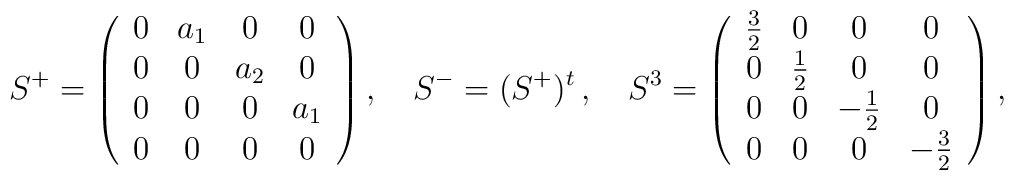
S^+ =  \left(    \begin{array}{cccc} 0 & a_1 & 0 & 0 \\ 0 & 0 & a_2 & 0 \\    0 & 0 & 0 & a_1 \\ 0 & 0 & 0 & 0   \end{array} \right)   , \quad S^- = (S^+)^t \,, \quad S^3 =  \left(   \begin{array}{cccc} \frac 32 & 0 & 0 & 0 \\  0 & \frac 12 & 0 & 0 \\ 0 & 0 & - \frac 12 & 0 \\ 0 & 0 & 0 & -\frac 32  \end{array} \right)  ,